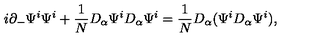
i \partial _ { - } \Psi ^ { i } \Psi ^ { i } + { \frac { 1 } { N } } D _ { \alpha } \Psi ^ { i } D _ { \alpha } \Psi ^ { i } = { \frac { 1 } { N } } D _ { \alpha } ( \Psi ^ { i } D _ { \alpha } \Psi ^ { i } ) ,